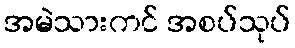
အမဲသားကင် အစပ်သုပ်